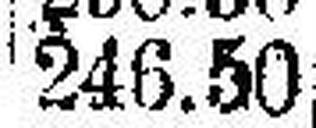
246.50